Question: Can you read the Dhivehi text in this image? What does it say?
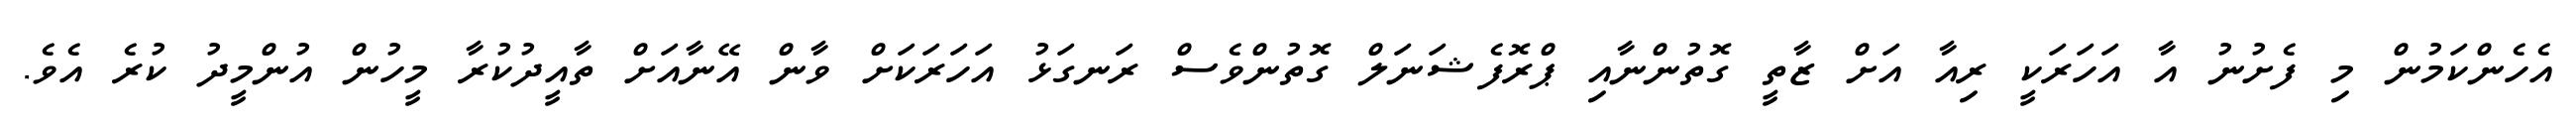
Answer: އެހެންކަމުން މި ފެށުނު އާ އަހަރަކީ ރިއާ އަށް ޒާތީ ގޮތުންނާއި ޕްރޮފެޝަނަލް ގޮތުންވެސް ރަނގަޅު އަހަރަކަށް ވާން އޭނާއަށް ތާއީދުކުރާ މީހުން އުންމީދު ކުރެ އެވެ.